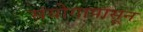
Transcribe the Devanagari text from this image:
संयोगापासून